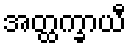
အတ္ထက္ခာယီ